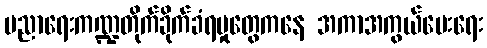
ပညာရေးကဏ္ဍတိုက်ခိုက်ခံရမှုတွေကနေ အကာအကွယ်ပေးရေး